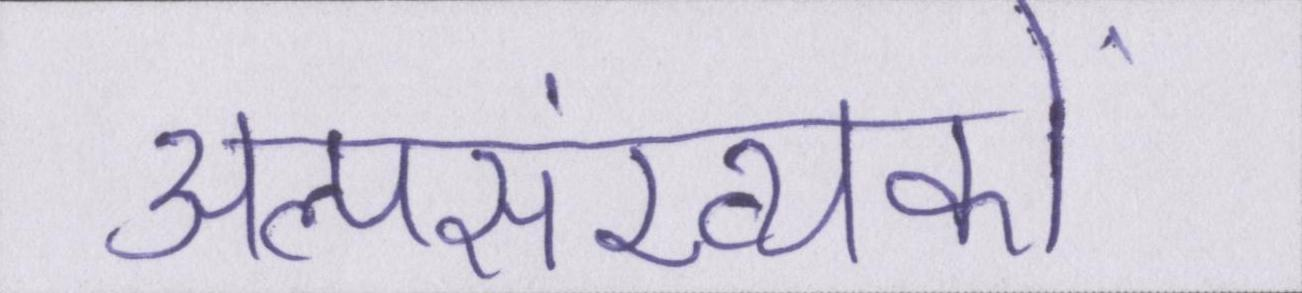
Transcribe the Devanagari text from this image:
अल्पसंख्यकों